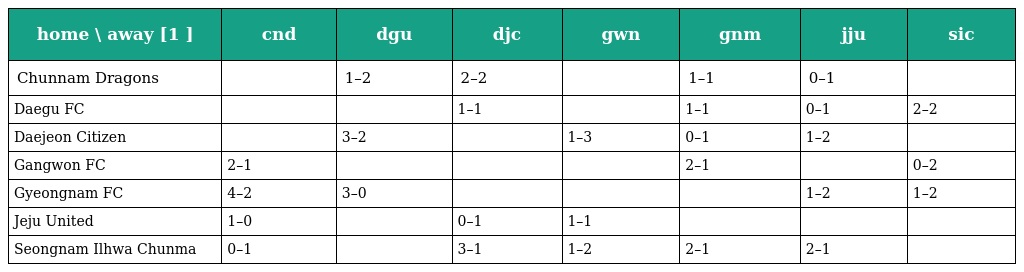
| home \ away [1 ] | cnd | dgu | djc | gwn | gnm | jju | sic |
 | --- | --- | --- | --- | --- | --- | --- | --- |
 | Chunnam Dragons |  | 1–2 | 2–2 |  | 1–1 | 0–1 |  |
 | Daegu FC |  |  | 1–1 |  | 1–1 | 0–1 | 2–2 |
 | Daejeon Citizen |  | 3–2 |  | 1–3 | 0–1 | 1–2 |  |
 | Gangwon FC | 2–1 |  |  |  | 2–1 |  | 0–2 |
 | Gyeongnam FC | 4–2 | 3–0 |  |  |  | 1–2 | 1–2 |
 | Jeju United | 1–0 |  | 0–1 | 1–1 |  |  |  |
 | Seongnam Ilhwa Chunma | 0–1 |  | 3–1 | 1–2 | 2–1 | 2–1 |  |